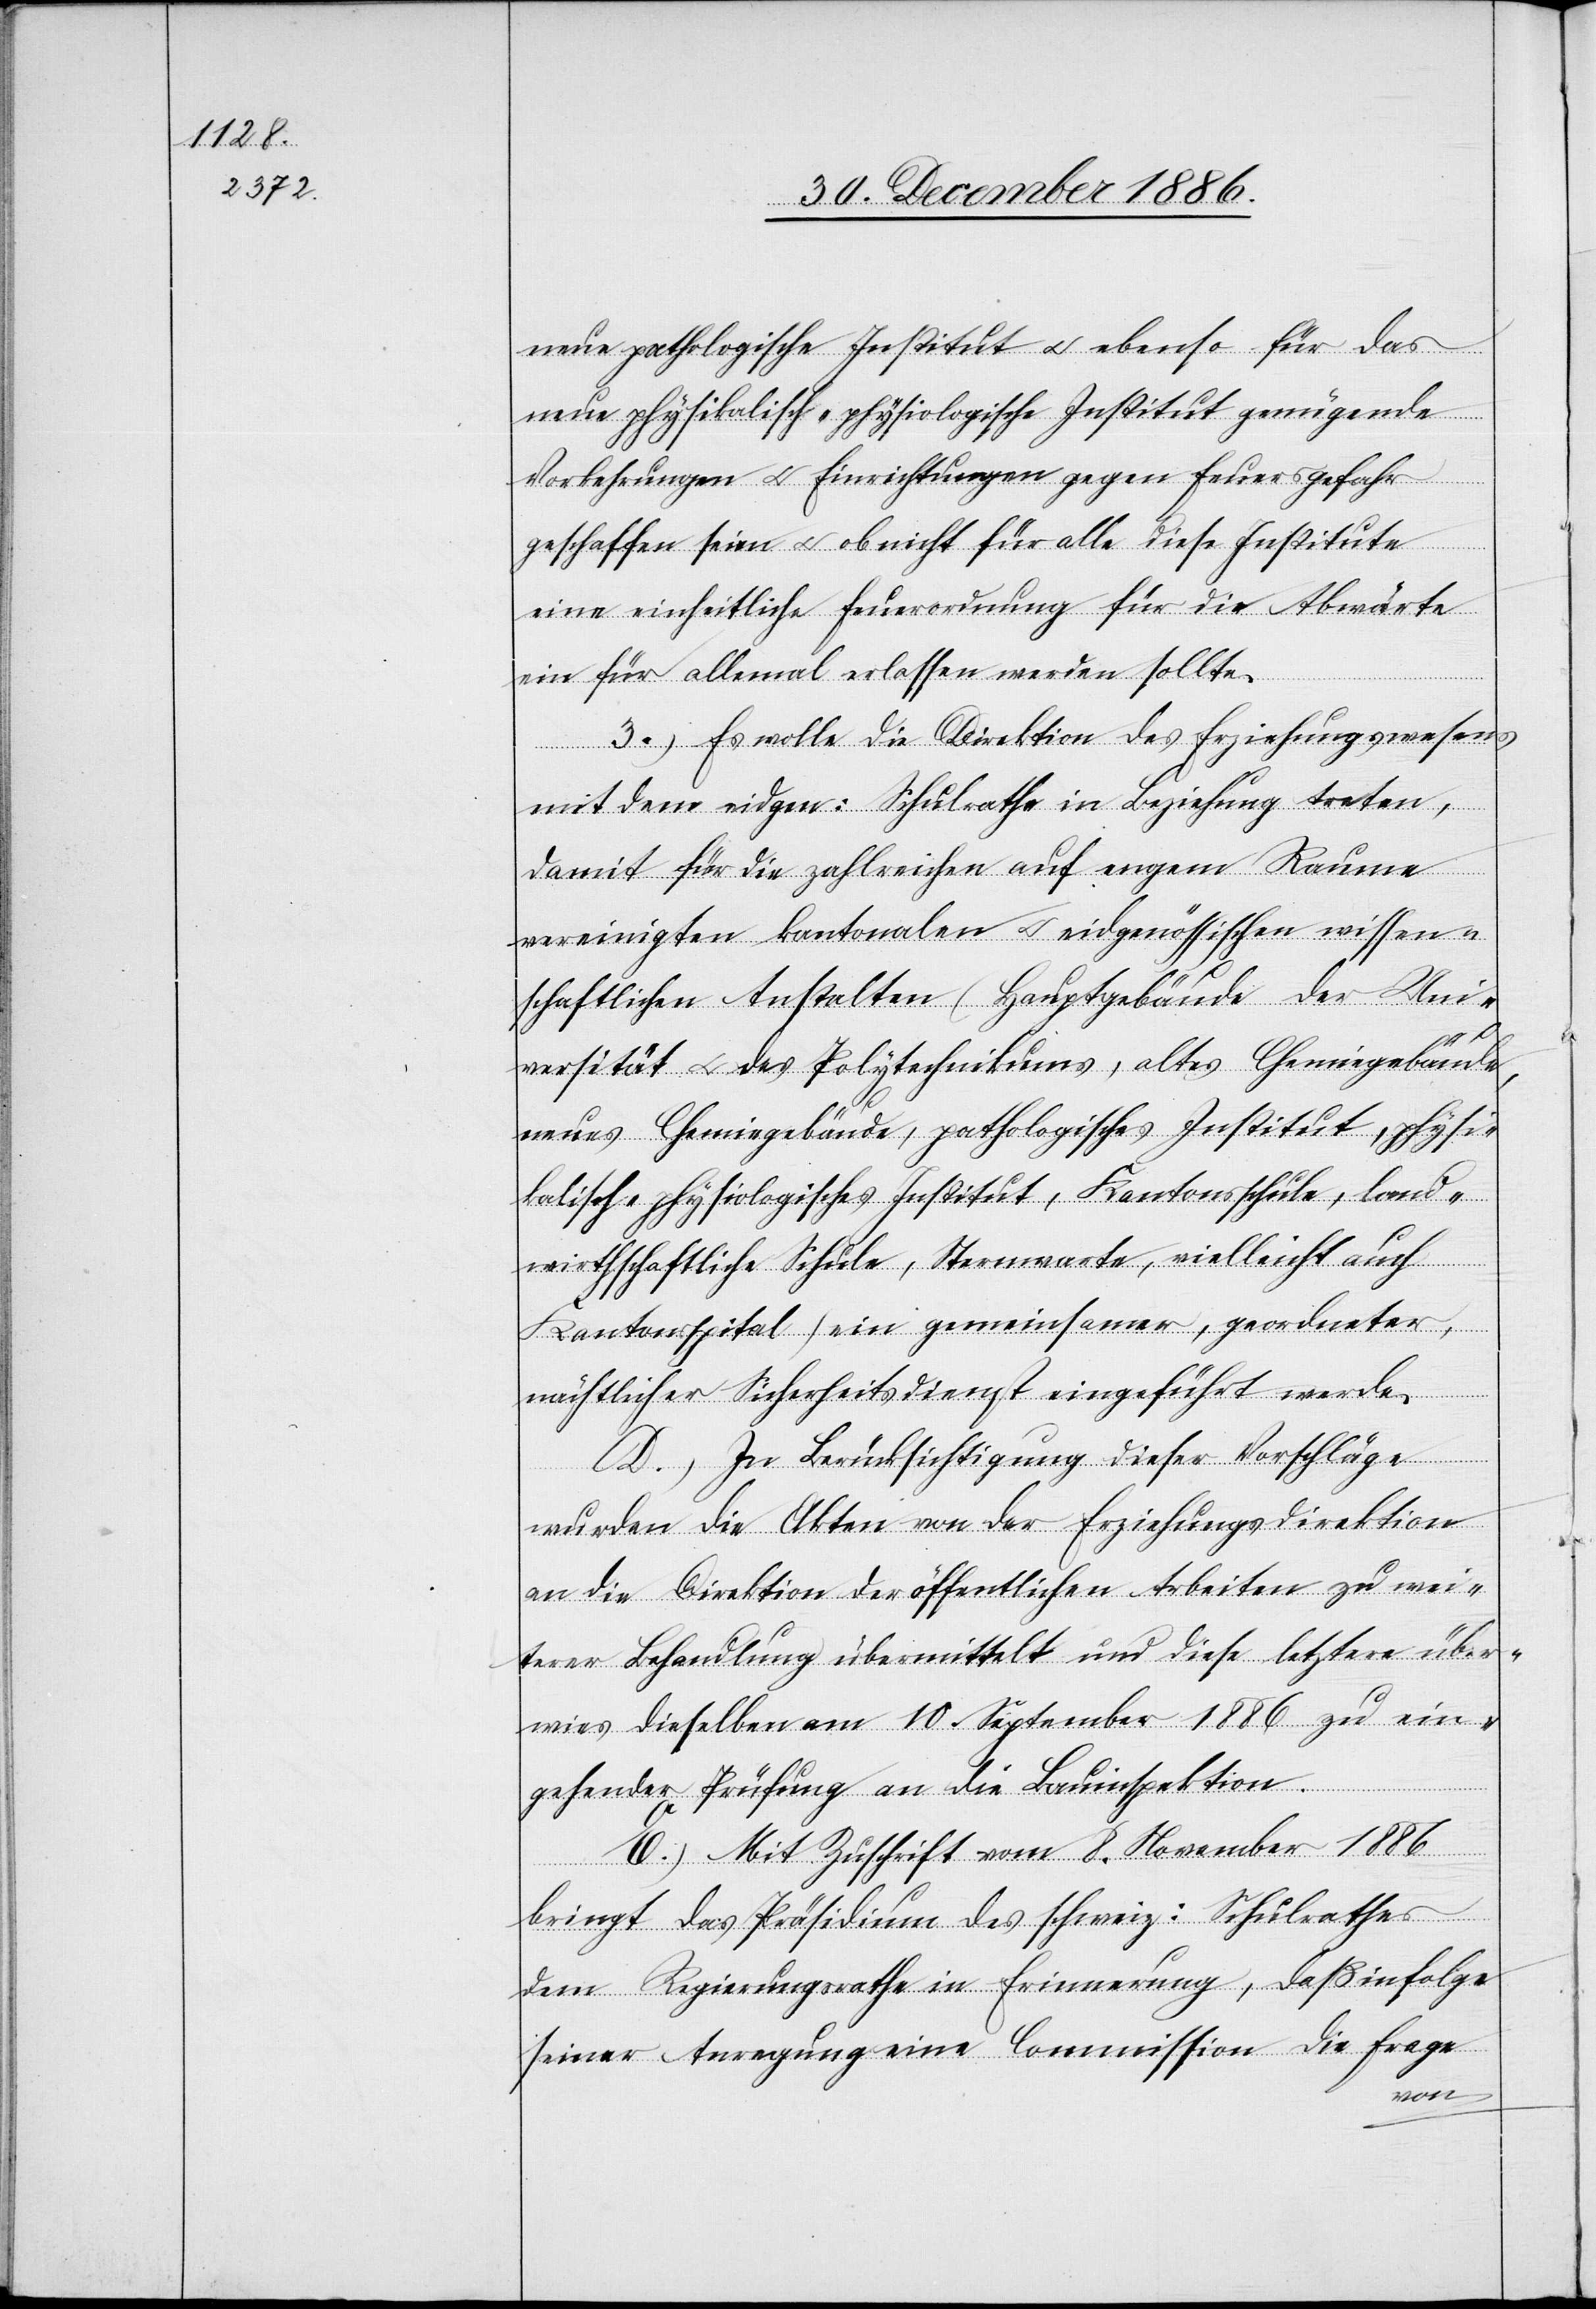
neue pathologische Institut & ebenso für das
neue physikalisch-physiologische Institut genügende
Vorkehrungen & Einrichtungen gegen Feuersgefahr
geschaffen seien & ob nicht für alle diese Institute
eine einheitliche Feuerordnung für die Abwärte
ein für allemal erlassen werden sollte.
3.) Es wolle die Direktion des Erziehungswesens
mit dem eidgen: Schulrathe in Beziehung treten,
damit für die zahlreichen auf engem Raume
vereinigten kantonalen & eidgenössischen wissen¬
schaftlichen Anstalten (Hauptgebäude der Uni¬
versität & des Polytechnikums, altes Chemiegebäude,
neues Chemiegebäude, pathologisches Institut, physi¬
kalisch-physiologisches Institut, Kantonsschule, land¬
wirthschaftliche Schule, Sternwarte, vielleicht auch
Kantonsspital) ein gemeinsamer, geordneter,
nächtlicher Sicherheitsdienst eingeführt werde.
D.) In Berücksichtigung dieser Vorschläge
wurden die Akten von der Erziehungsdirection
an die Direktion der öffentlichen Arbeiten zu wei¬
terer Behandlung übermittelt und diese letztere über¬
wies dieselben am 10. September 1886 zu ein¬
gehender Prüfung an die Bauinspektion.
E.) Mit Zuschrift vom 8. November 1886
bringt das Präsidium des schweiz: Schulrathes
dem Regierungsrathe in Erinnerung, daß infolge
seiner Anregung eine Commission die Frage